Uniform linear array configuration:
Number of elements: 32
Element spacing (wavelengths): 0.5
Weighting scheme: cosine
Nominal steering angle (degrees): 0
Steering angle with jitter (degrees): -1.034
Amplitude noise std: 0.05
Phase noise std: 0.05

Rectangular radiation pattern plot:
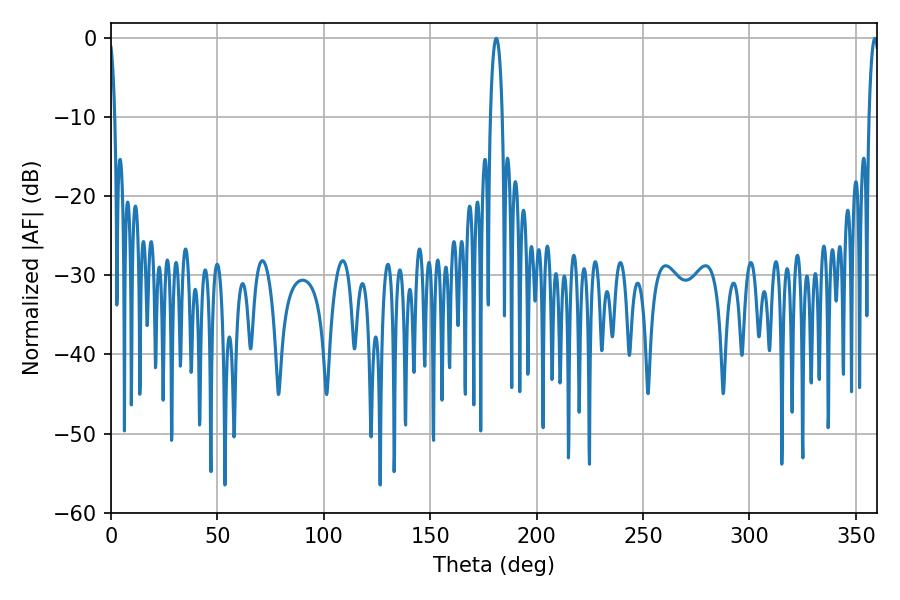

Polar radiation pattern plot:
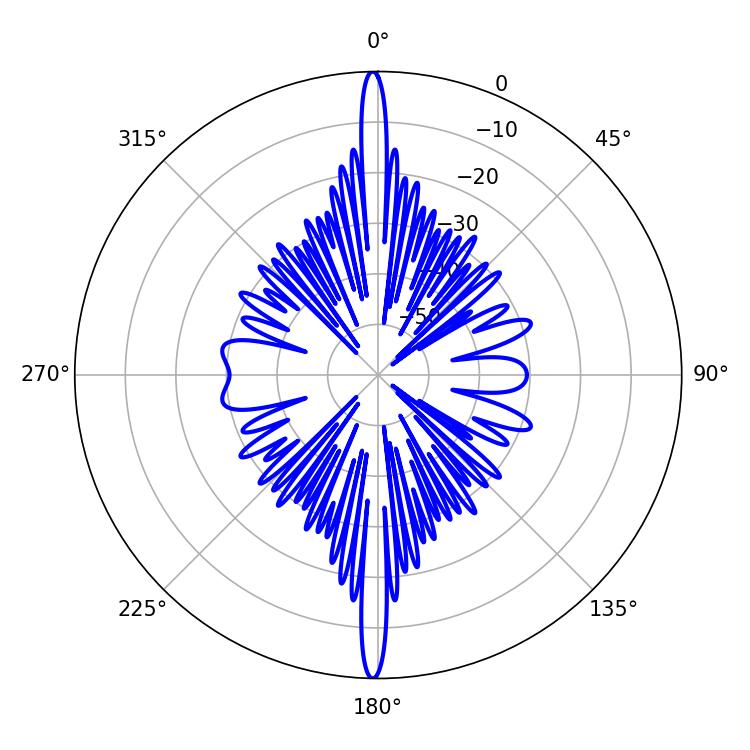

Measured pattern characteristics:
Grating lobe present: FALSE
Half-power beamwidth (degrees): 3.24
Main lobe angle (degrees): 181.08